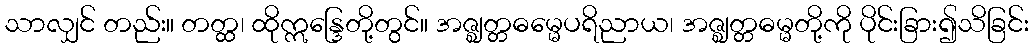
သာလျှင် တည်း။ တတ္ထ၊ ထိုဣန္ဒြေတို့တွင်။ အဇ္ဈတ္တဓမ္မေပရိညာယ၊ အဇ္ဈတ္တဓမ္မတို့ကို ပိုင်းခြား၍သိခြင်း